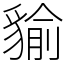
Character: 貐